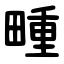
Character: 畽